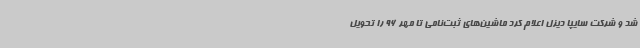
شد و شرکت سایپا دیزل اعلام کرد ماشین‌های ثبت‌نامی تا مهر 96 را تحویل